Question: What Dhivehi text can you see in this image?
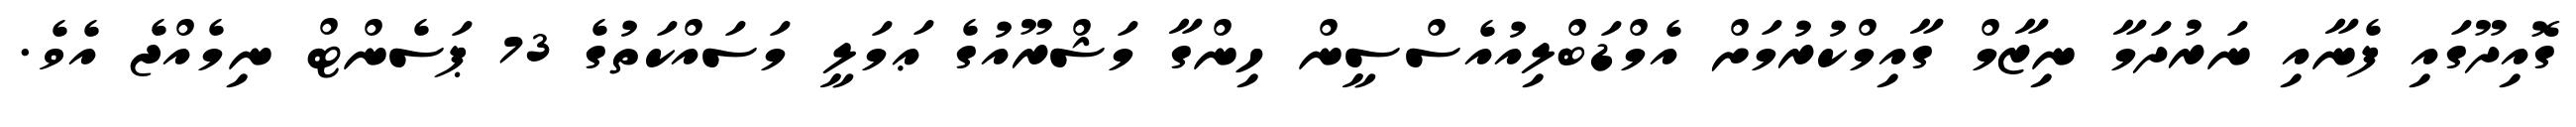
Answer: ގޮއިދޫގައި ފެނާއި ނަރުދަމާ ނިޒާމް ގާއިމްކުރުމަށް އެމްޑަބްލިއުއެސްސީން ހިންގާ މަޝްރޫއުގެ ޢަމަލީ މަސައްކަތުގެ 73 ޕަސެންޓް ނިމެއްޖެ އެވެ.